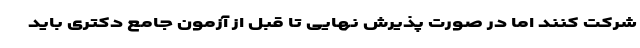
شرکت کنند اما در صورت پذیرش نهایی تا قبل از آزمون جامع دکتری باید